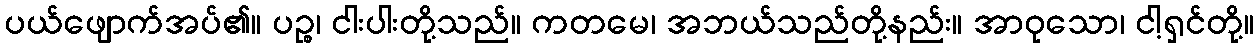
ပယ်ဖျောက်အပ်၏။ ပဉ္စ၊ ငါးပါးတို့သည်။ ကတမေ၊ အဘယ်သည်တို့နည်း။ အာဝုသော၊ ငါ့ရှင်တို့။